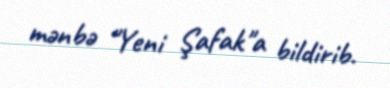
mənbə "Yeni Şafak"a bildirib.